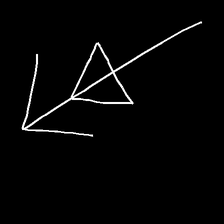
Glyph: pull